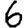
Digit: 6